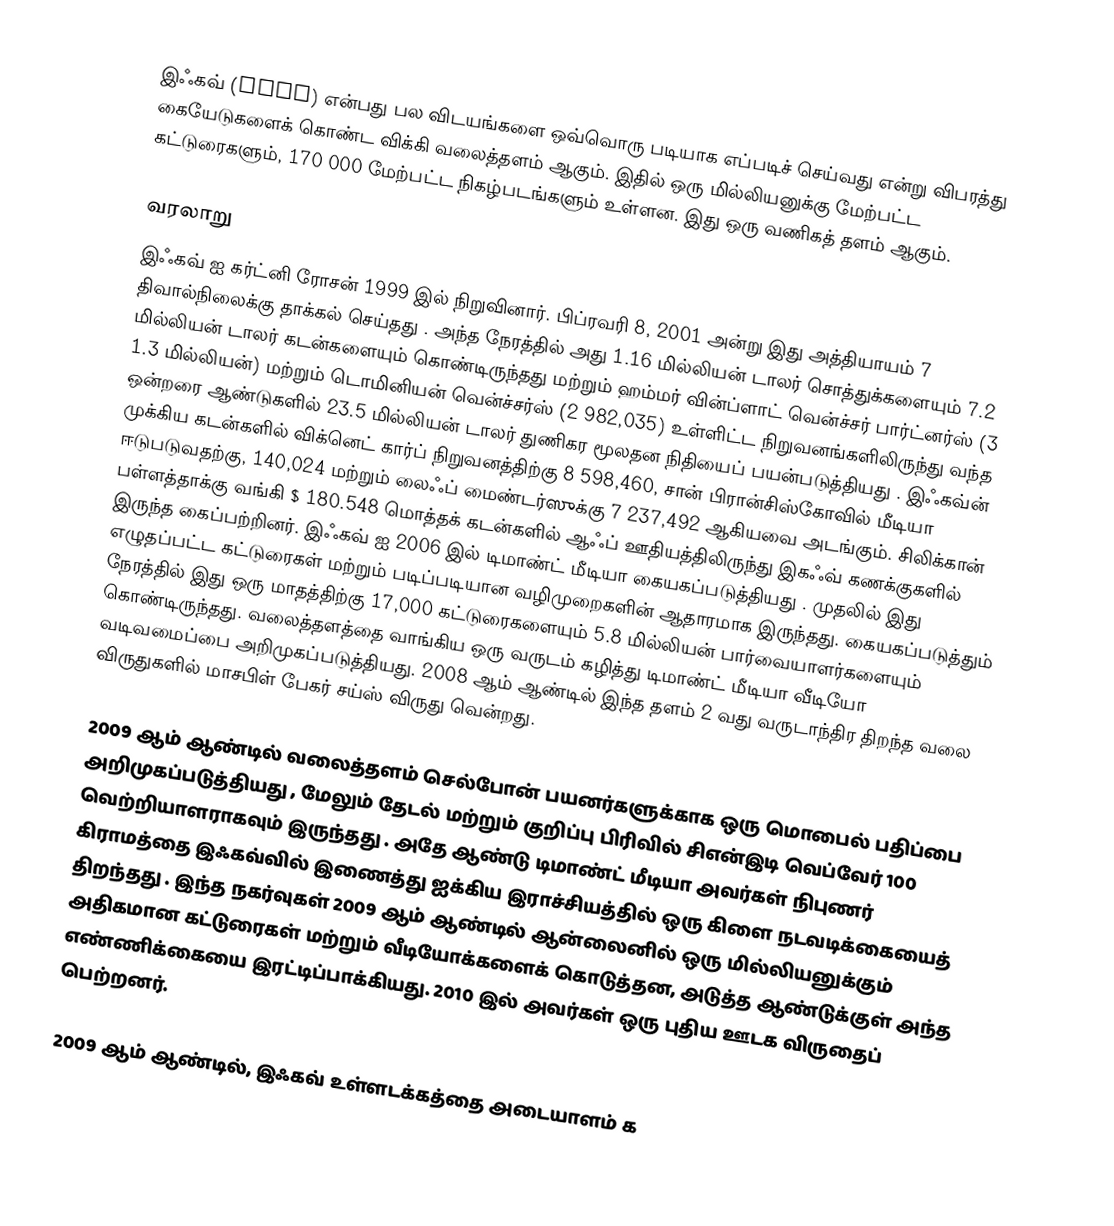
இஃகவ் (eHow) என்பது பல விடயங்களை ஒவ்வொரு படியாக எப்படிச் செய்வது என்று விபரத்து கையேடுகளைக் கொண்ட விக்கி வலைத்தளம் ஆகும்.  இதில் ஒரு மில்லியனுக்கு மேற்பட்ட கட்டுரைகளும், 170 000 மேற்பட்ட நிகழ்படங்களும் உள்ளன.  இது ஒரு வணிகத் தளம் ஆகும்.

வரலாறு
இஃகவ் ஐ கர்ட்னி ரோசன் 1999 இல் நிறுவினார். பிப்ரவரி 8, 2001 அன்று இது அத்தியாயம் 7 திவால்நிலைக்கு தாக்கல் செய்தது . அந்த நேரத்தில் அது 1.16 மில்லியன் டாலர் சொத்துக்களையும் 7.2 மில்லியன் டாலர் கடன்களையும் கொண்டிருந்தது மற்றும் ஹம்மர் வின்ப்ளாட் வென்ச்சர் பார்ட்னர்ஸ் (3 1.3 மில்லியன்) மற்றும் டொமினியன் வென்ச்சர்ஸ் (2 982,035) உள்ளிட்ட நிறுவனங்களிலிருந்து வந்த ஒன்றரை ஆண்டுகளில் 23.5 மில்லியன் டாலர் துணிகர மூலதன நிதியைப் பயன்படுத்தியது . இஃகவ்ன் முக்கிய கடன்களில் விக்னெட் கார்ப் நிறுவனத்திற்கு 8 598,460, சான் பிரான்சிஸ்கோவில் மீடியா ஈடுபடுவதற்கு, 140,024 மற்றும் லைஃப் மைண்டர்ஸுக்கு 7 237,492 ஆகியவை அடங்கும். சிலிக்கான் பள்ளத்தாக்கு வங்கி $ 180.548 மொத்தக் கடன்களில் ஆஃப் ஊதியத்திலிருந்து இகஃவ் கணக்குகளில் இருந்த கைப்பற்றினர். இஃகவ் ஐ 2006 இல் டிமாண்ட் மீடியா கையகப்படுத்தியது . முதலில் இது எழுதப்பட்ட கட்டுரைகள் மற்றும் படிப்படியான வழிமுறைகளின் ஆதாரமாக இருந்தது. கையகப்படுத்தும் நேரத்தில் இது ஒரு மாதத்திற்கு 17,000 கட்டுரைகளையும் 5.8 மில்லியன் பார்வையாளர்களையும் கொண்டிருந்தது. வலைத்தளத்தை வாங்கிய ஒரு வருடம் கழித்து டிமாண்ட் மீடியா வீடியோ வடிவமைப்பை அறிமுகப்படுத்தியது. 2008 ஆம் ஆண்டில் இந்த தளம் 2 வது வருடாந்திர திறந்த வலை விருதுகளில் மாசபிள் பேகர் சய்ஸ் விருது வென்றது.

2009 ஆம் ஆண்டில் வலைத்தளம் செல்போன் பயனர்களுக்காக ஒரு மொபைல் பதிப்பை அறிமுகப்படுத்தியது , மேலும் தேடல் மற்றும் குறிப்பு பிரிவில் சிஎன்இடி வெப்வேர் 100 வெற்றியாளராகவும் இருந்தது . அதே ஆண்டு டிமாண்ட் மீடியா அவர்கள் நிபுணர் கிராமத்தை இஃகவ்வில் இணைத்து ஐக்கிய இராச்சியத்தில் ஒரு கிளை நடவடிக்கையைத் திறந்தது . இந்த நகர்வுகள் 2009 ஆம் ஆண்டில் ஆன்லைனில் ஒரு மில்லியனுக்கும் அதிகமான கட்டுரைகள் மற்றும் வீடியோக்களைக் கொடுத்தன, அடுத்த ஆண்டுக்குள் அந்த எண்ணிக்கையை இரட்டிப்பாக்கியது. 2010 இல் அவர்கள் ஒரு புதிய ஊடக விருதைப் பெற்றனர்.

2009 ஆம் ஆண்டில், இஃகவ் உள்ளடக்கத்தை அடையாளம் க